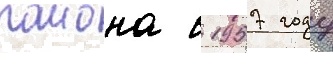
раиона в 1957 году